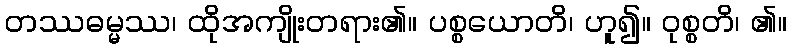
တဿဓမ္မဿ၊ ထိုအကျိုးတရား၏။ ပစ္စယောတိ၊ ဟူ၍။ ဝုစ္စတိ၊ ၏။